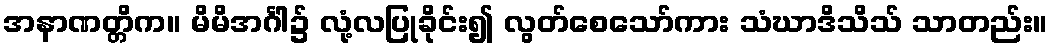
အနာဏတ္တိက။ မိမိအင်္ဂါ၌ လုံ့လပြုခိုင်း၍ လွတ်စေသော်ကား သံဃာဒိသိသ် သာတည်း။